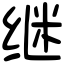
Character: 继